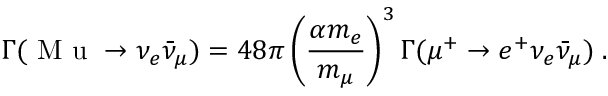
\Gamma ( \textrm { M u } \to \nu _ { e } \bar { \nu } _ { \mu } ) = 4 8 \pi \left( \frac { \alpha m _ { e } } { m _ { \mu } } \right) ^ { 3 } \Gamma ( \mu ^ { + } \to e ^ { + } \nu _ { e } \bar { \nu } _ { \mu } ) \; .